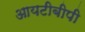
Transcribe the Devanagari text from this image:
आयटीबीपी